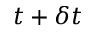
t + \delta t